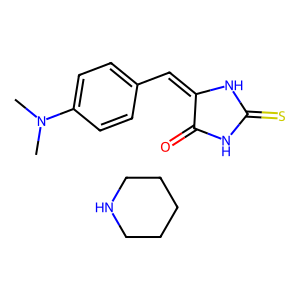
SMILES: C1CCNCC1.CN(C)c1ccc(C=C2NC(=S)NC2=O)cc1
Inhibits HIV replication: No